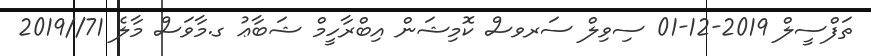
ތަފްސީލް 2019-12-01 ސިވިލް ސަރވސް ކޮމިޝަން އިބްރާހީމް ޝަބާޢު ގ.މާވަސް މާލެ 71//2019